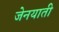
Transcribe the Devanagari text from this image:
जेनयाती